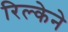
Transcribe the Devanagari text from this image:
रिल्केने